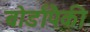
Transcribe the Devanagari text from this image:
बोर्डांपैकी